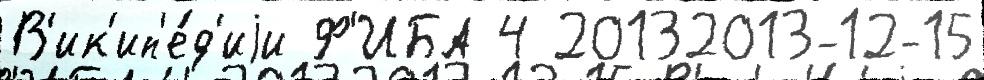
В'ик'ип'е́д'иjи Ф'ИБА 4 20132013-12-15